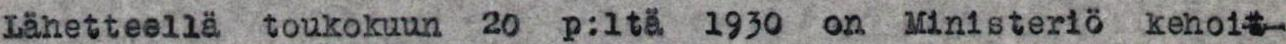
Lähetteellä toukokuun 20 p:ltä 1930 on Ministeriö kehoit-